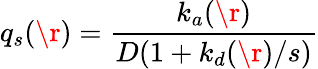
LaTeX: q_{s}(\r)=\frac{k_{a}(\r)}{D(1+k_{d}(\r)/s)}